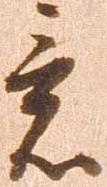
意